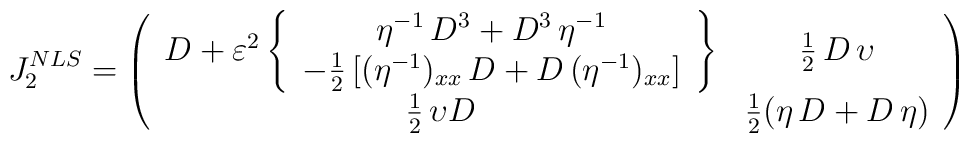
J^{NLS}_2 = \left( \begin{array}{cc} D + \varepsilon^{2}  \left\{   \begin{array}{c}  \eta^{-1} \, D^3 + D^3 \,  \eta^{-1} \\-\frac{1}{2} \left[  (\eta^{-1})_{xx} \, D + D \, (\eta^{-1})_{xx}   \right]\end{array} \right\} & \frac{1}{2} \, D \, \upsilon \\  \frac{1}{2} \, \upsilon D&\frac{1}{2} (  \eta \, D  + D \, \eta ) \end{array} \right)